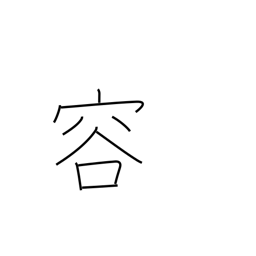
Meaning: looks